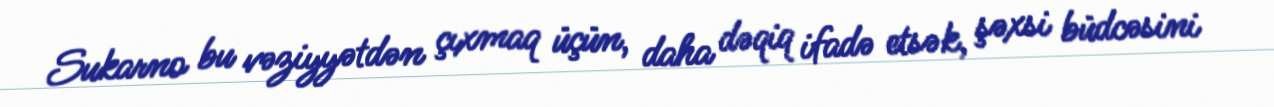
Sukarno bu vəziyyətdən çıxmaq üçün, daha dəqiq ifadə etsək, şəxsi büdcəsini